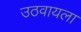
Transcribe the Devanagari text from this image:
उठवायला